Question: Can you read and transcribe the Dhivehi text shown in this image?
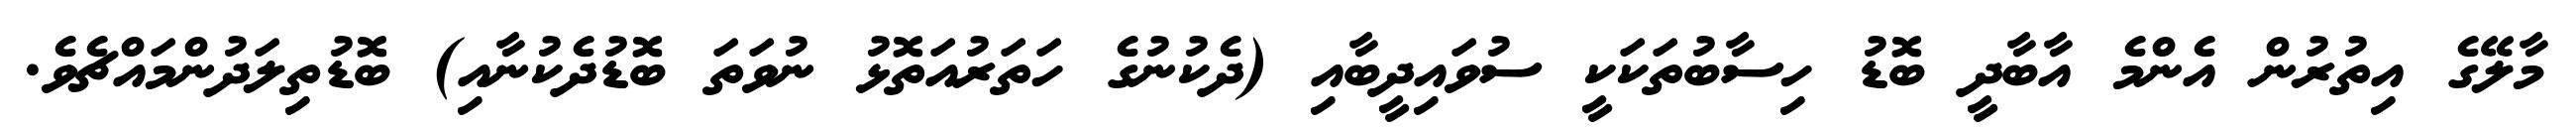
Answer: މާލޭގެ އިތުރުން އެންމެ އާބާދީ ބޮޑު ހިސާބުތަކަކީ ސުވައިދީބާއި (ދެކުނުގެ ހަތަރުއަތޮޅު ނުވަތަ ބޮޑުދެކުނާއި) ބޮޑުތިލަދުންމައްޗެވެ.